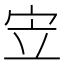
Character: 𫲿